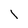
Character: l